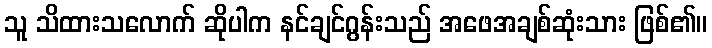
သူ သိထားသလောက် ဆိုပါက နင်ချင်ဂွန်းသည် အဖေအချစ်ဆုံးသား ဖြစ်၏။